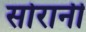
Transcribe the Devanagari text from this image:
सोरानी